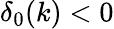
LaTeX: \delta_{0}(k)<0